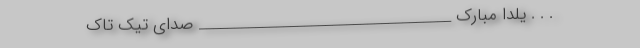
. . . یلدا مبارک ____________________________________ صدای تیک تاک